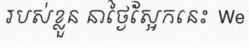
របស់ខ្លួន នាថ្ងៃស្អែកនេះ  We